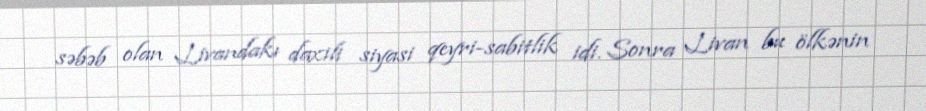
səbəb olan Livandakı daxili siyasi qeyri-sabitlik idi. Sonra Livan bu ölkənin